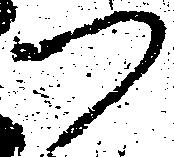
つ